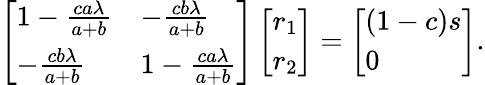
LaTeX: \begin{array}{r}{\left[\begin{array}{ll}{1-\frac{ca\lambda}{a+b}}&{-\frac{cb\lambda}{a+b}}\\ {-\frac{cb\lambda}{a+b}}&{1-\frac{ca\lambda}{a+b}}\end{array}\right]\left[\begin{array}{l}{r_{1}}\\ {r_{2}}\end{array}\right]=\left[\begin{array}{l}{(1-c)s}\\ {0}\end{array}\right].}\end{array}